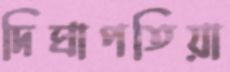
দিঘাপতিয়া